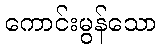
ကောင်းမွန်သော